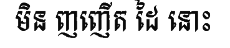
មិន ញញើត ដៃ នោះ